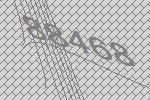
88468